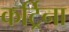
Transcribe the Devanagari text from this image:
कर्ट्रिना